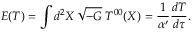
E ( T ) = \int d ^ { 2 } X \, \sqrt { - G } \; T ^ { 0 0 } ( X ) = \frac { 1 } { \alpha ^ { \prime } } \frac { d T } { d \tau } .